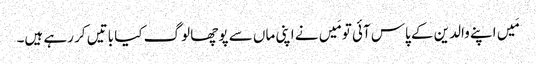
مَیں اپنے والدین کے پاس آئی تو مَیں نے اپنی ماں سے پوچھا لوگ کیا باتیں کر رہے ہیں۔